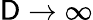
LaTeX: \mathsf{D}\rightarrow\infty